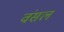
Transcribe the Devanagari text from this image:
वंसल